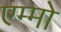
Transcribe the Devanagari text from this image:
एम्मो